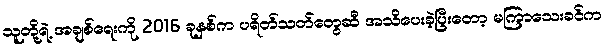
သူတို့ရဲ့ အချစ်ရေးကို 2016 ခုနှစ်က ပရိတ်သတ်တွေဆီ အသိပေးခဲ့ပြီးတော့ မကြာသေးခင်က